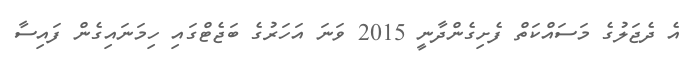
އެ ދެޖަލުގެ މަސައްކަތް ފެށިގެންދާނީ 2015 ވަނަ އަހަރުގެ ބަޖެޓްގައި ހިމަނައިގެން ފައިސާ